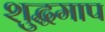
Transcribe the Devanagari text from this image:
शुद्धमाप